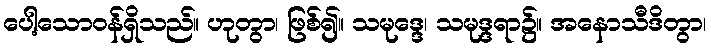
ပေါ့သောဝန်ရှိသည်။ ဟုတွာ၊ ဖြစ်၍။ သမုဒ္ဒေ၊ သမုဒ္ဒရာ၌။ အနောသီဒိတွာ၊